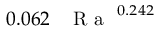
0 . 0 6 2 \, \mathrm { ~ \textit ~ { ~ R ~ a ~ } ~ } ^ { 0 . 2 4 2 }